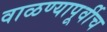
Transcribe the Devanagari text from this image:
वाळण्यापूर्वीच